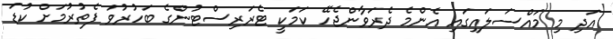
އަދި މި މައްސަލައިގައި އެންމެ ދެރަވާންޖެހޭ ކަމަކީ ޓެރަރިސްޓުންގެ ބަހުރުވަ ފެތުރުމަށް ކުޑަ